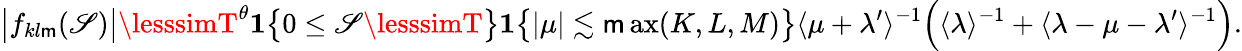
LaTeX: \big|f_{kl\mathsf{m}}(\mathscr{S})\big|\lesssimT^{\theta}\mathbf{{1}}\big\{ 0\leq\mathscr{S}\lesssimT\big\} \mathbf{{1}}\big\{ |\mu|\lesssim\operatorname*{\mathsf{m}ax}(K,L,M)\big\} \langle\mu+\lambda^{\prime}\rangle^{-1}\Big(\langle\lambda\rangle^{-1}+\langle\lambda-\mu-\lambda^{\prime}\rangle^{-1}\Big).